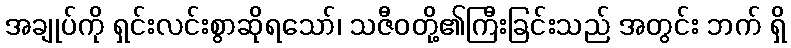
အချုပ်ကို ရှင်းလင်းစွာဆိုရသော်၊ သဇီဝတို့၏ကြီးခြင်းသည် အတွင်း ဘက် ရှိ